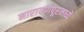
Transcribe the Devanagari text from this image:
नारायणपूरमध्ये